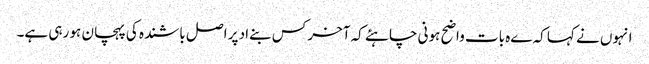
انہوں نے کہا کہ ےہ بات واضح ہونی چاہئے کہ آخر کس بنےاد پر اصل باشندہ کی پہچان ہو رہی ہے۔